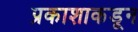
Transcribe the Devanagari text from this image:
प्रकाशाकडून